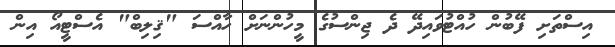
އިސްތަށި ފޭބުން ހުއްޓުވައިދޭ ދެ ޖިންސުގެ މީހުންނަށް ހާއްސަ "ޤިލިބް" އެސްޓީއޯ އިން